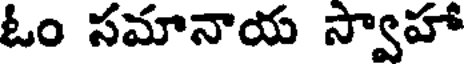
ఓం సమానాయ స్వాహా